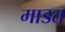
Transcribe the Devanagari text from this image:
माडत